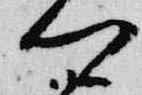
卿